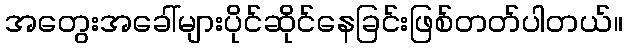
အတွေးအခေါ်များပိုင်ဆိုင်နေခြင်းဖြစ်တတ်ပါတယ်။